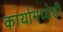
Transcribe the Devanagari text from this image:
कार्यामध्येही